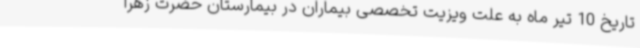
تاریخ 10 تیر ماه به علت ویزیت تخصصی بیماران در بیمارستان حضرت زهرا